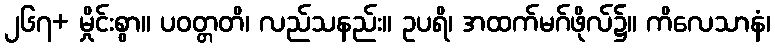
၂၆၇+ မှိုင်းစွာ။ ပဝတ္တတိ၊ လည်သနည်း။ ဥပရိ၊ အထက်မဂ်ဖိုလ်၌။ ကိလေသာနံ၊